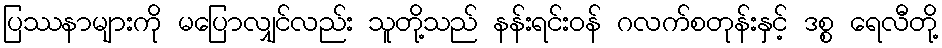
ပြဿနာများကို မပြောလျှင်လည်း သူတို့သည် နန်းရင်းဝန် ဂလက်စတုန်းနှင့် ဒစ္စ ရေလီတို့